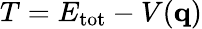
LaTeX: T=E_{\mathrm{tot}}-V(\mathbf{q})